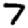
Digit: 7